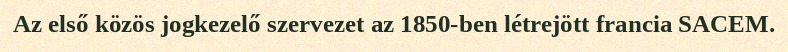
Az első közös jogkezelő szervezet az 1850-ben létrejött francia SACEM.